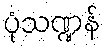
ပုံသဏ္ဍန်